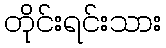
တိုင်းရင်းသား